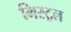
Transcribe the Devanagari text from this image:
मिस्ट्रल